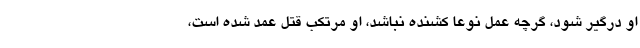
او درگیر شود، گرچه عمل نوعاً کشنده نباشد، او مرتکب قتل عمد شده است،